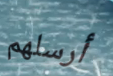
أرسلهم